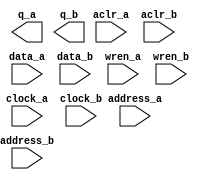
// megafunction wizard: %RAM: 2-PORT%VBB%
// GENERATION: STANDARD
// VERSION: WM1.0
// MODULE: altsyncram 

// ============================================================
// Megafunction Name(s):
// 			altsyncram
//
// Simulation Library Files(s):
// 			altera_mf
// ============================================================
// ************************************************************
// THIS IS A WIZARD-GENERATED FILE. DO NOT EDIT THIS FILE!
//
// 22.1std.0 Build 915 10/25/2022 SC Lite Edition
// ************************************************************

//Copyright (C) 2022  Intel Corporation. All rights reserved.
//Your use of Intel Corporation's design tools, logic functions 
//and other software and tools, and any partner logic 
//functions, and any output files from any of the foregoing 
//(including device programming or simulation files), and any 
//associated documentation or information are expressly subject 
//to the terms and conditions of the Intel Program License 
//Subscription Agreement, the Intel Quartus Prime License Agreement,
//the Intel FPGA IP License Agreement, or other applicable license
//agreement, including, without limitation, that your use is for
//the sole purpose of programming logic devices manufactured by
//Intel and sold by Intel or its authorized distributors.  Please
//refer to the applicable agreement for further details, at
//https://fpgasoftware.intel.com/eula.

module RamDataMem (
	aclr_a,
	aclr_b,
	address_a,
	address_b,
	clock_a,
	clock_b,
	data_a,
	data_b,
	wren_a,
	wren_b,
	q_a,
	q_b);

	input	  aclr_a;
	input	  aclr_b;
	input	[15:0]  address_a;
	input	[15:0]  address_b;
	input	  clock_a;
	input	  clock_b;
	input	[7:0]  data_a;
	input	[7:0]  data_b;
	input	  wren_a;
	input	  wren_b;
	output	[7:0]  q_a;
	output	[7:0]  q_b;
`ifndef ALTERA_RESERVED_QIS
// synopsys translate_off
`endif
	tri0	  aclr_a;
	tri0	  aclr_b;
	tri1	  clock_a;
	tri0	  wren_a;
	tri0	  wren_b;
`ifndef ALTERA_RESERVED_QIS
// synopsys translate_on
`endif

endmodule

// ============================================================
// CNX file retrieval info
// ============================================================
// Retrieval info: PRIVATE: ADDRESSSTALL_A NUMERIC "0"
// Retrieval info: PRIVATE: ADDRESSSTALL_B NUMERIC "0"
// Retrieval info: PRIVATE: BYTEENA_ACLR_A NUMERIC "0"
// Retrieval info: PRIVATE: BYTEENA_ACLR_B NUMERIC "0"
// Retrieval info: PRIVATE: BYTE_ENABLE_A NUMERIC "0"
// Retrieval info: PRIVATE: BYTE_ENABLE_B NUMERIC "0"
// Retrieval info: PRIVATE: BYTE_SIZE NUMERIC "8"
// Retrieval info: PRIVATE: BlankMemory NUMERIC "0"
// Retrieval info: PRIVATE: CLOCK_ENABLE_INPUT_A NUMERIC "0"
// Retrieval info: PRIVATE: CLOCK_ENABLE_INPUT_B NUMERIC "0"
// Retrieval info: PRIVATE: CLOCK_ENABLE_OUTPUT_A NUMERIC "0"
// Retrieval info: PRIVATE: CLOCK_ENABLE_OUTPUT_B NUMERIC "0"
// Retrieval info: PRIVATE: CLRdata NUMERIC "0"
// Retrieval info: PRIVATE: CLRq NUMERIC "1"
// Retrieval info: PRIVATE: CLRrdaddress NUMERIC "0"
// Retrieval info: PRIVATE: CLRrren NUMERIC "0"
// Retrieval info: PRIVATE: CLRwraddress NUMERIC "0"
// Retrieval info: PRIVATE: CLRwren NUMERIC "0"
// Retrieval info: PRIVATE: Clock NUMERIC "5"
// Retrieval info: PRIVATE: Clock_A NUMERIC "0"
// Retrieval info: PRIVATE: Clock_B NUMERIC "0"
// Retrieval info: PRIVATE: IMPLEMENT_IN_LES NUMERIC "0"
// Retrieval info: PRIVATE: INDATA_ACLR_B NUMERIC "0"
// Retrieval info: PRIVATE: INDATA_REG_B NUMERIC "1"
// Retrieval info: PRIVATE: INIT_FILE_LAYOUT STRING "PORT_A"
// Retrieval info: PRIVATE: INIT_TO_SIM_X NUMERIC "0"
// Retrieval info: PRIVATE: INTENDED_DEVICE_FAMILY STRING "Cyclone V"
// Retrieval info: PRIVATE: JTAG_ENABLED NUMERIC "0"
// Retrieval info: PRIVATE: JTAG_ID STRING "NONE"
// Retrieval info: PRIVATE: MAXIMUM_DEPTH NUMERIC "0"
// Retrieval info: PRIVATE: MEMSIZE NUMERIC "524288"
// Retrieval info: PRIVATE: MEM_IN_BITS NUMERIC "0"
// Retrieval info: PRIVATE: MIFfilename STRING "Ram.mif"
// Retrieval info: PRIVATE: OPERATION_MODE NUMERIC "3"
// Retrieval info: PRIVATE: OUTDATA_ACLR_B NUMERIC "1"
// Retrieval info: PRIVATE: OUTDATA_REG_B NUMERIC "0"
// Retrieval info: PRIVATE: RAM_BLOCK_TYPE NUMERIC "0"
// Retrieval info: PRIVATE: READ_DURING_WRITE_MODE_MIXED_PORTS NUMERIC "2"
// Retrieval info: PRIVATE: READ_DURING_WRITE_MODE_PORT_A NUMERIC "3"
// Retrieval info: PRIVATE: READ_DURING_WRITE_MODE_PORT_B NUMERIC "3"
// Retrieval info: PRIVATE: REGdata NUMERIC "1"
// Retrieval info: PRIVATE: REGq NUMERIC "0"
// Retrieval info: PRIVATE: REGrdaddress NUMERIC "0"
// Retrieval info: PRIVATE: REGrren NUMERIC "0"
// Retrieval info: PRIVATE: REGwraddress NUMERIC "1"
// Retrieval info: PRIVATE: REGwren NUMERIC "1"
// Retrieval info: PRIVATE: SYNTH_WRAPPER_GEN_POSTFIX STRING "0"
// Retrieval info: PRIVATE: USE_DIFF_CLKEN NUMERIC "0"
// Retrieval info: PRIVATE: UseDPRAM NUMERIC "1"
// Retrieval info: PRIVATE: VarWidth NUMERIC "0"
// Retrieval info: PRIVATE: WIDTH_READ_A NUMERIC "8"
// Retrieval info: PRIVATE: WIDTH_READ_B NUMERIC "8"
// Retrieval info: PRIVATE: WIDTH_WRITE_A NUMERIC "8"
// Retrieval info: PRIVATE: WIDTH_WRITE_B NUMERIC "8"
// Retrieval info: PRIVATE: WRADDR_ACLR_B NUMERIC "0"
// Retrieval info: PRIVATE: WRADDR_REG_B NUMERIC "1"
// Retrieval info: PRIVATE: WRCTRL_ACLR_B NUMERIC "0"
// Retrieval info: PRIVATE: enable NUMERIC "0"
// Retrieval info: PRIVATE: rden NUMERIC "0"
// Retrieval info: LIBRARY: altera_mf altera_mf.altera_mf_components.all
// Retrieval info: CONSTANT: ADDRESS_REG_B STRING "CLOCK1"
// Retrieval info: CONSTANT: CLOCK_ENABLE_INPUT_A STRING "BYPASS"
// Retrieval info: CONSTANT: CLOCK_ENABLE_INPUT_B STRING "BYPASS"
// Retrieval info: CONSTANT: CLOCK_ENABLE_OUTPUT_A STRING "BYPASS"
// Retrieval info: CONSTANT: CLOCK_ENABLE_OUTPUT_B STRING "BYPASS"
// Retrieval info: CONSTANT: INDATA_REG_B STRING "CLOCK1"
// Retrieval info: CONSTANT: INIT_FILE STRING "Ram.mif"
// Retrieval info: CONSTANT: INTENDED_DEVICE_FAMILY STRING "Cyclone V"
// Retrieval info: CONSTANT: LPM_TYPE STRING "altsyncram"
// Retrieval info: CONSTANT: NUMWORDS_A NUMERIC "65536"
// Retrieval info: CONSTANT: NUMWORDS_B NUMERIC "65536"
// Retrieval info: CONSTANT: OPERATION_MODE STRING "BIDIR_DUAL_PORT"
// Retrieval info: CONSTANT: OUTDATA_ACLR_A STRING "CLEAR0"
// Retrieval info: CONSTANT: OUTDATA_ACLR_B STRING "CLEAR1"
// Retrieval info: CONSTANT: OUTDATA_REG_A STRING "UNREGISTERED"
// Retrieval info: CONSTANT: OUTDATA_REG_B STRING "UNREGISTERED"
// Retrieval info: CONSTANT: POWER_UP_UNINITIALIZED STRING "FALSE"
// Retrieval info: CONSTANT: READ_DURING_WRITE_MODE_PORT_A STRING "NEW_DATA_NO_NBE_READ"
// Retrieval info: CONSTANT: READ_DURING_WRITE_MODE_PORT_B STRING "NEW_DATA_NO_NBE_READ"
// Retrieval info: CONSTANT: WIDTHAD_A NUMERIC "16"
// Retrieval info: CONSTANT: WIDTHAD_B NUMERIC "16"
// Retrieval info: CONSTANT: WIDTH_A NUMERIC "8"
// Retrieval info: CONSTANT: WIDTH_B NUMERIC "8"
// Retrieval info: CONSTANT: WIDTH_BYTEENA_A NUMERIC "1"
// Retrieval info: CONSTANT: WIDTH_BYTEENA_B NUMERIC "1"
// Retrieval info: CONSTANT: WRCONTROL_WRADDRESS_REG_B STRING "CLOCK1"
// Retrieval info: USED_PORT: aclr_a 0 0 0 0 INPUT GND "aclr_a"
// Retrieval info: USED_PORT: aclr_b 0 0 0 0 INPUT GND "aclr_b"
// Retrieval info: USED_PORT: address_a 0 0 16 0 INPUT NODEFVAL "address_a[15..0]"
// Retrieval info: USED_PORT: address_b 0 0 16 0 INPUT NODEFVAL "address_b[15..0]"
// Retrieval info: USED_PORT: clock_a 0 0 0 0 INPUT VCC "clock_a"
// Retrieval info: USED_PORT: clock_b 0 0 0 0 INPUT NODEFVAL "clock_b"
// Retrieval info: USED_PORT: data_a 0 0 8 0 INPUT NODEFVAL "data_a[7..0]"
// Retrieval info: USED_PORT: data_b 0 0 8 0 INPUT NODEFVAL "data_b[7..0]"
// Retrieval info: USED_PORT: q_a 0 0 8 0 OUTPUT NODEFVAL "q_a[7..0]"
// Retrieval info: USED_PORT: q_b 0 0 8 0 OUTPUT NODEFVAL "q_b[7..0]"
// Retrieval info: USED_PORT: wren_a 0 0 0 0 INPUT GND "wren_a"
// Retrieval info: USED_PORT: wren_b 0 0 0 0 INPUT GND "wren_b"
// Retrieval info: CONNECT: @aclr0 0 0 0 0 aclr_a 0 0 0 0
// Retrieval info: CONNECT: @aclr1 0 0 0 0 aclr_b 0 0 0 0
// Retrieval info: CONNECT: @address_a 0 0 16 0 address_a 0 0 16 0
// Retrieval info: CONNECT: @address_b 0 0 16 0 address_b 0 0 16 0
// Retrieval info: CONNECT: @clock0 0 0 0 0 clock_a 0 0 0 0
// Retrieval info: CONNECT: @clock1 0 0 0 0 clock_b 0 0 0 0
// Retrieval info: CONNECT: @data_a 0 0 8 0 data_a 0 0 8 0
// Retrieval info: CONNECT: @data_b 0 0 8 0 data_b 0 0 8 0
// Retrieval info: CONNECT: @wren_a 0 0 0 0 wren_a 0 0 0 0
// Retrieval info: CONNECT: @wren_b 0 0 0 0 wren_b 0 0 0 0
// Retrieval info: CONNECT: q_a 0 0 8 0 @q_a 0 0 8 0
// Retrieval info: CONNECT: q_b 0 0 8 0 @q_b 0 0 8 0
// Retrieval info: GEN_FILE: TYPE_NORMAL RamDataMem.v TRUE
// Retrieval info: GEN_FILE: TYPE_NORMAL RamDataMem.inc FALSE
// Retrieval info: GEN_FILE: TYPE_NORMAL RamDataMem.cmp FALSE
// Retrieval info: GEN_FILE: TYPE_NORMAL RamDataMem.bsf FALSE
// Retrieval info: GEN_FILE: TYPE_NORMAL RamDataMem_inst.v FALSE
// Retrieval info: GEN_FILE: TYPE_NORMAL RamDataMem_bb.v TRUE
// Retrieval info: LIB_FILE: altera_mf